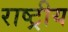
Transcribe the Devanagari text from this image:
राष्ट्रीय